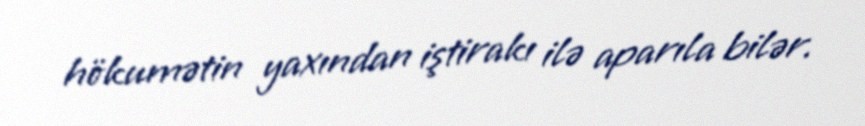
hökumətin yaxından iştirakı ilə aparıla bilər.